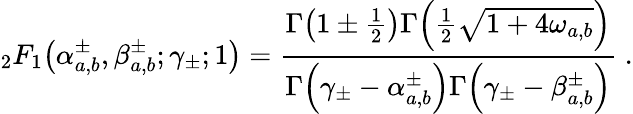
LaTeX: _{2}F_{1}\! \left(\alpha_{a,b}^{\pm},\beta_{a,b}^{\pm};\gamma_{\pm};1\right)=\frac{\Gamma\! \left(1\pm\frac{1}{2}\right)\Gamma\! \left(\frac{1}{2}\sqrt{1+4\omega_{a,b}}\right)}{\Gamma\! \left(\gamma_{\pm}-\alpha_{a,b}^{\pm}\right)\Gamma\! \left(\gamma_{\pm}-\beta_{a,b}^{\pm}\right)}\; .